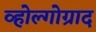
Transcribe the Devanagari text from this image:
व्होल्गोग्राद